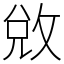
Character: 敓